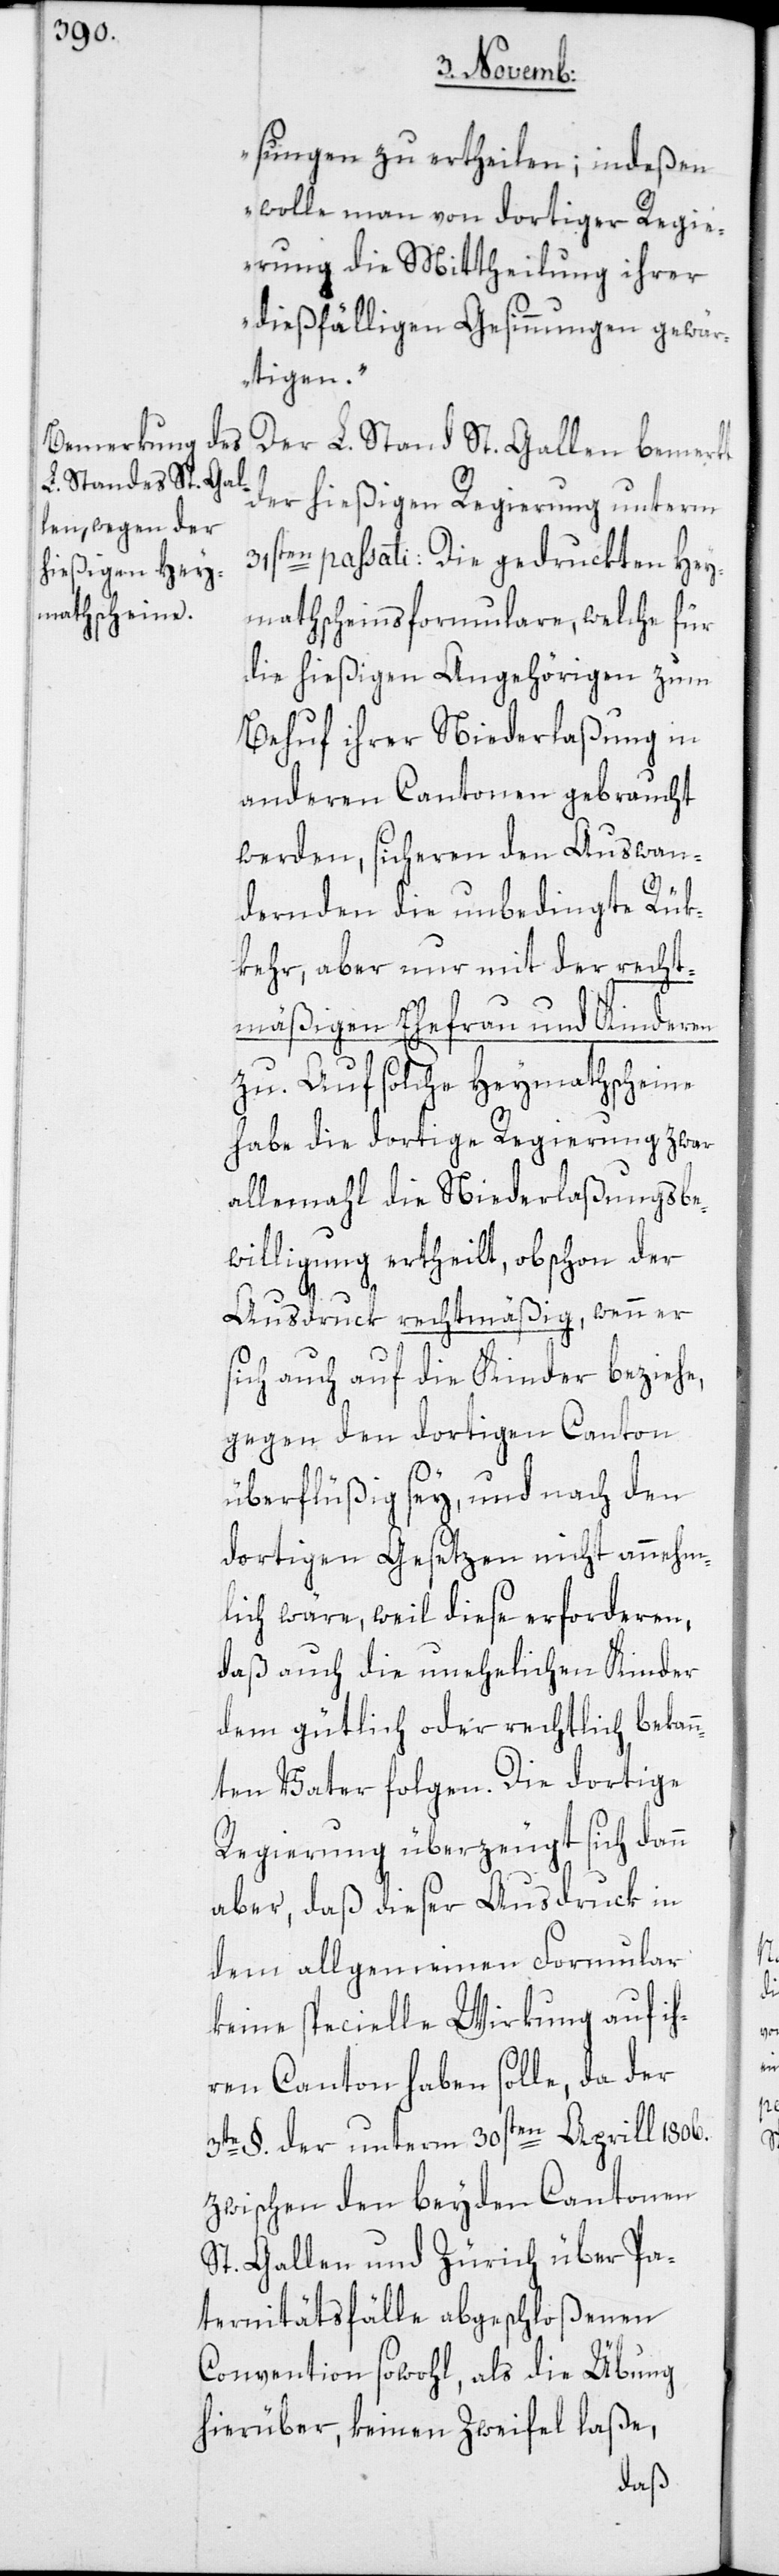
sungen zu ertheilen; indeßen
wolle man von dortiger Regie¬
rung die Mittheilung ihrer
dießfälligen Gesinnungen gewär¬
tigen.“
Der L. Stand St. Gallen bemerkt
der hießigen Regierung unterm
31sten passati: Die gedruckten Hey¬
mathscheinsformulare, welche für
die hießigen Angehörigen zum
Behuf ihrer Niederlaßung in
anderen Cantonen gebraucht
werden, sicheren den Auswan¬
dernden die unbedingte Rük¬
kehr, aber nur mit der recht¬
mäßigen Ehefrau und Kinderen
zu. Auf solche Heymathscheine
habe die dortige Regierung zwar
allemahl die Niederlaßungsbe¬
willigung ertheilt, obschon der
Ausdruck rechtmäßig, wenn er
sich auch auf die Kinder beziehe,
gegen den dortigen Canton
überflüßig sey, und nach den
dortigen Gesetzen nicht annehm¬
lich wäre, weil diese erforderen,
daß auch die unehelichen Kinder
dem gütlich oder rechtlich bekan¬
nten Vater folgen. Die dortige
Regierung überzeugt sich dann
aber, daß dieser Ausdruck in
dem allgemeinen Formular
keine specielle Wirkung auf ih¬
ren Canton haben solle, da der
3te §. der unterm 30sten Aprill 1806.
zwischen den beyden Cantonen
St. Gallen und Zürich über Pa¬
ternitätsfälle abgeschloßenen
Convention sowohl, als die Übung
hierüber, keinen Zweifel laße,